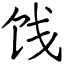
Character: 饯